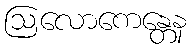
ဩလောကေန္တေန